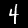
Digit: 4